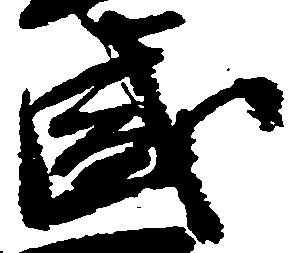
盛